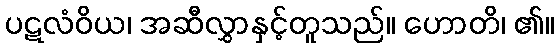
ပဋလံဝိယ၊ အဆီလွှာနှင့်တူသည်။ ဟောတိ၊ ၏။